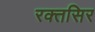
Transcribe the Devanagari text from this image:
रक्तसिर